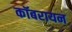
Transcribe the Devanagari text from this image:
कॉबरायन